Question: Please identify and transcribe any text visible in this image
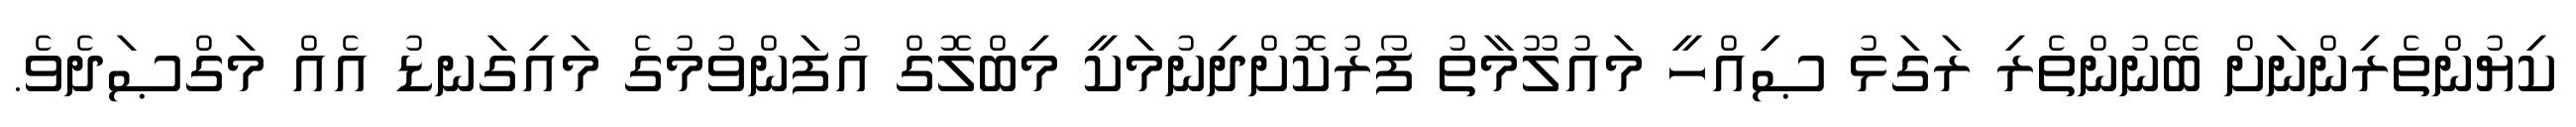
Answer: ކިޔުންތެރިންނަށް ބޭނުންތެރި ރަގަޅު ޞިއްހީ މައުލޫމާތު ފޯރުކޮށްދިނުމަކީ މިބްލޮގް އުފަންވުމުގެ މައިގަނޑު އެއް މަގްޞަދެވެ.